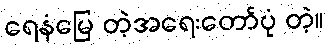
ရေနံမြေ တဲ့အရေးတော်ပုံ တဲ့။